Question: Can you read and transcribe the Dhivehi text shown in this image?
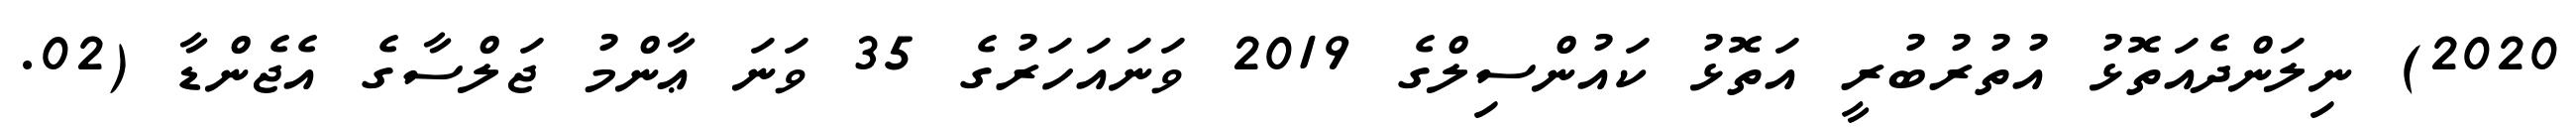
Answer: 2020) ނިލަންދެއަތޮޅު އުތުރުބުރީ އަތޮޅު ކައުންސިލްގެ 2019 ވަނައަހަރުގެ 35 ވަނަ ޢާންމު ޖަލްސާގެ އެޖެންޑާ (02.